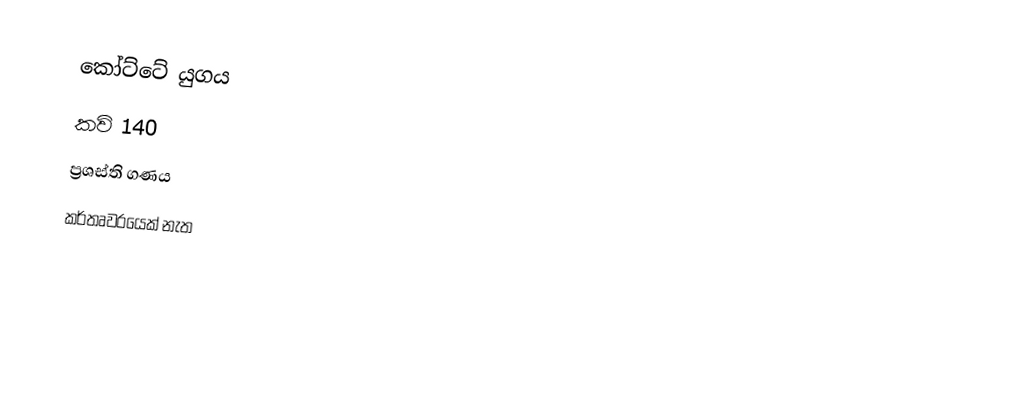
කෝට්ටේ යුගය
කවි 140
ප්‍රශස්ති ගණය
කර්තෘවරයෙක් නැත